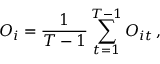
O _ { i } = \frac { 1 } { T - 1 } \sum _ { t = 1 } ^ { T - 1 } O _ { i t } \, ,